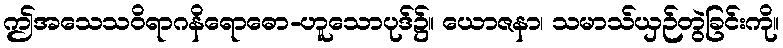
ဤအသေသဝိရာဂနိရောဓော-ဟူသောပုဒ်၌။ ယောဇနာ၊ သမာသ်ယှဉ်တွဲခြင်းကို။